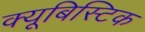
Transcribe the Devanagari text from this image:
क्यूबिस्टिक